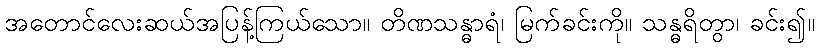
အတောင်လေးဆယ်အပြန့်ကြယ်သော။ တိဏသန္ဓာရံ၊ မြက်ခင်းကို။ သန္ဓရိတွာ၊ ခင်း၍။